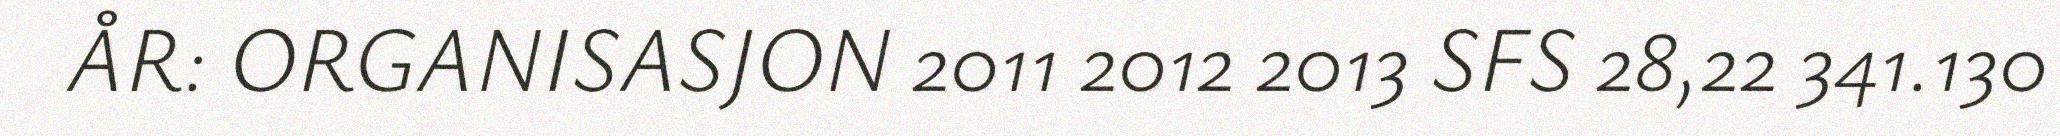
ÅR: ORGANISASJON 2011 2012 2013 SFS 28,22 341.130